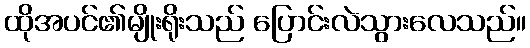
ထိုအပင်၏မျိုးရိုးသည် ပြောင်းလဲသွားလေသည်။